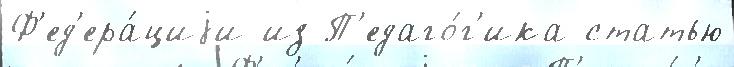
Ф'ед'ера́циjи из П'едаго́г'ика статью